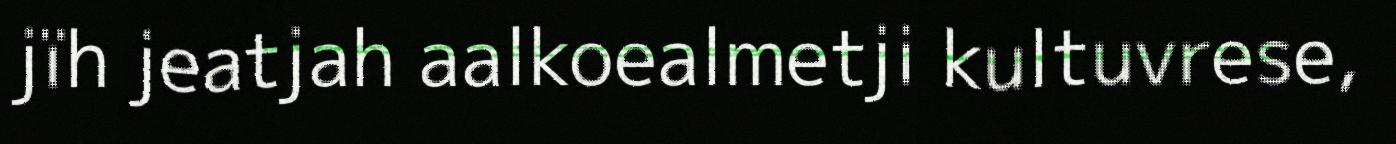
jïh jeatjah aalkoealmetji kultuvrese,